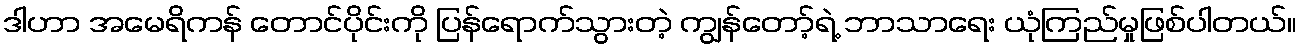
ဒါဟာ အမေရိကန် တောင်ပိုင်းကို ပြန်ရောက်သွားတဲ့ ကျွန်တော့်ရဲ့ ဘာသာရေး ယုံကြည်မှုဖြစ်ပါတယ်။